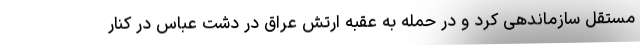
مستقل سازماندهی کرد و در حمله به عقبه ارتش عراق در دشت عباس در کنار